Report on sanitation, dispensaries, and jails in Rajputana for 1919, and on vaccination for the year 1919-1920 - 1919-1920
Year: 1919
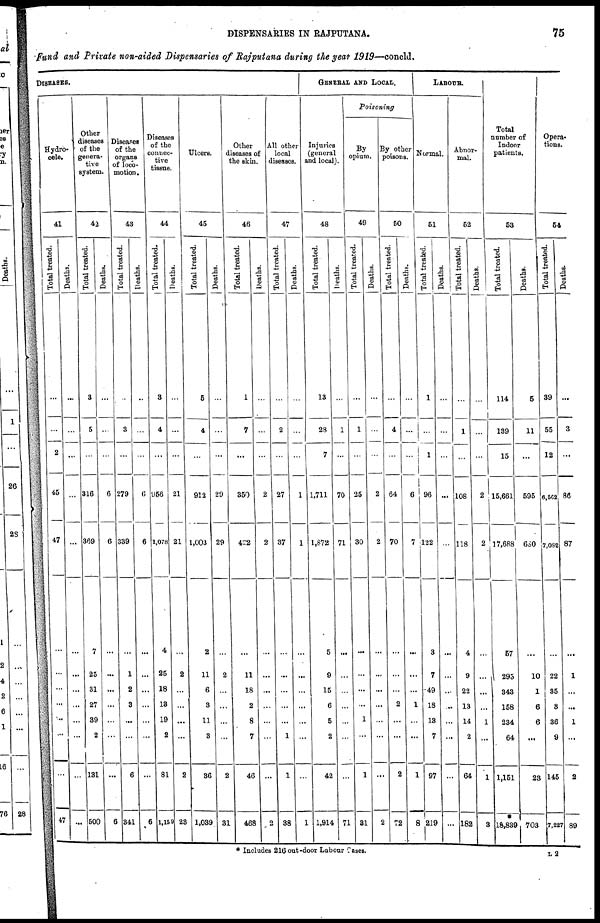
DISPENSARIES IN RAJPUTANA.
75
Fund and Private non-aided Dispensaries of Rajputana during the year 1919—concld.
DISEASES.
Hydro¬
cele.
41
Total treated.
...
...
2
45
47
...
...
...
...
...
...
...
47
Deaths.
...
...
...
...
...
...
...
...
...
...
...
...
...
Other
diseases
of the
genera-
tive
system.
42
Total treated.
3
5
...
316
369
7
25
31
27
39
2
131
500
Deaths.
...
...
...
6
6
...
...
...
...
...
...
...
6
Diseases
of the
organs
of loco-
motion.
43
Total treated.
...
3
...
279
339
...
1
2
3
...
...
6
341
Deaths.
...
...
...
6
6
...
...
...
...
...
...
...
6
Diseases
of the
connec-
tive
tissue.
44
Total treated.
3
4
...
956
1,078
4
25
18
13
19
2
81
1,159
Deaths.
...
...
...
21
21
...
2
...
...
...
...
2
23
Ulcers.
45
Total treated.
5
4
...
912
1,003
2
11
6
3
11
3
36
1,039
Deaths.
...
...
...
29
29
...
2
...
...
...
...
2
31
Other
diseases of
the skin.
46
Total treated.
1
7
...
350
422
...
11
18
2
8
7
46
468
Deaths.
...
...
...
2
2
...
...
...
...
...
...
...
2
All other
local
diseases.
47
Total treated.
...
2
...
27
37
...
...
...
...
...
1
1
38
Deaths.
...
...
...
1
1
...
...
...
...
...
...
...
1
GENERAL AND LOCAL.
Injuries
(general
and local).
48
Total treated.
13
28
7
1,711
1,872
5
9
15
6
5
2
42
1,914
Deaths.
...
1
...
70
71
...
...
...
...
...
...
...
71
Poisoning
By
opium.
49
Total treated.
...
1
...
25
30
...
...
...
...
1
...
1
81
Deaths.
...
...
...
2
2
...
...
...
...
...
...
...
2
By other
poisons.
50
Total treated.
...
4
...
64
70
...
...
...
2
...
...
2
72
Deaths.
...
...
...
6
7
...
...
...
1
...
...
1
8
LABOUR.
Normal.
51
Total treated.
1
...
1
96
122
3
7
49
18
13
7
97
219
Deaths.
...
...
...
...
...
...
...
...
...
...
...
...
...
Abnor-
mal.
52
Total treated.
...
1
...
108
118
4
9
22
13
14
2
64
182
Deaths.
...
...
...
2
2
57
...
...
...
1
...
1
3
Total
number of
Indoor
patients.
53
Total treated.
114
139
15
15,661
17,688
57
295
343
158
234
64
1,151
*
18,839
Deaths.
5
11
...
595
680
...
10
1
6
6
...
23
703
Opera-
tions.
54
Total treated.
39
55
12
6,562
7,082
...
22
35
3
36
9
145
7,227
Deaths.
...
3
...
86
87
...
1
...
...
1
...
2
89
* Includes 216 out-door Labour Cases.
L2